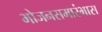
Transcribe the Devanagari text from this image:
भोजनसमारंभास